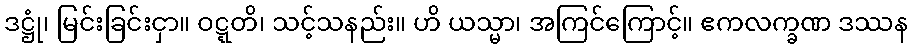
ဒဋ္ဌုံ၊ မြင်းခြင်းငှာ။ ဝဋ္ဋတိ၊ သင့်သနည်း။ ဟိ ယသ္မာ၊ အကြင်ကြောင့်။ ဧကလက္ခဏ ဒဿန